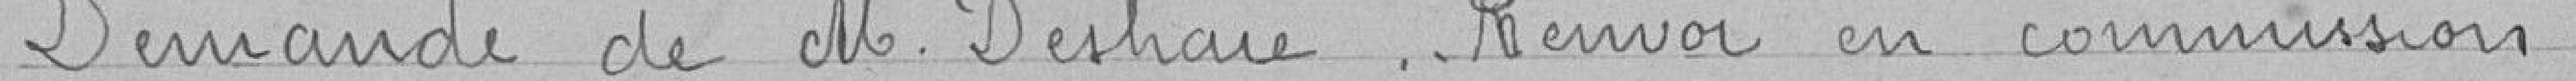
Demande de M.  Deshaie. Renvoi en commission